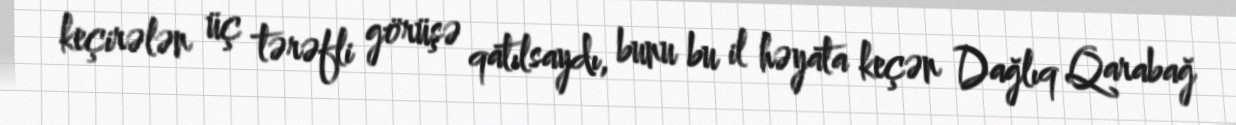
keçirələn üç tərəfli görüşə qatılsaydı, bunu bu il həyata keçən Dağlıq Qarabağ